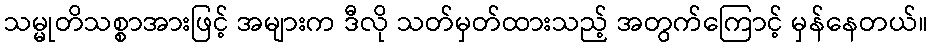
သမ္မုတိသစ္စာအားဖြင့် အများက ဒီလို သတ်မှတ်ထားသည့် အတွက်ကြောင့် မှန်နေတယ်။